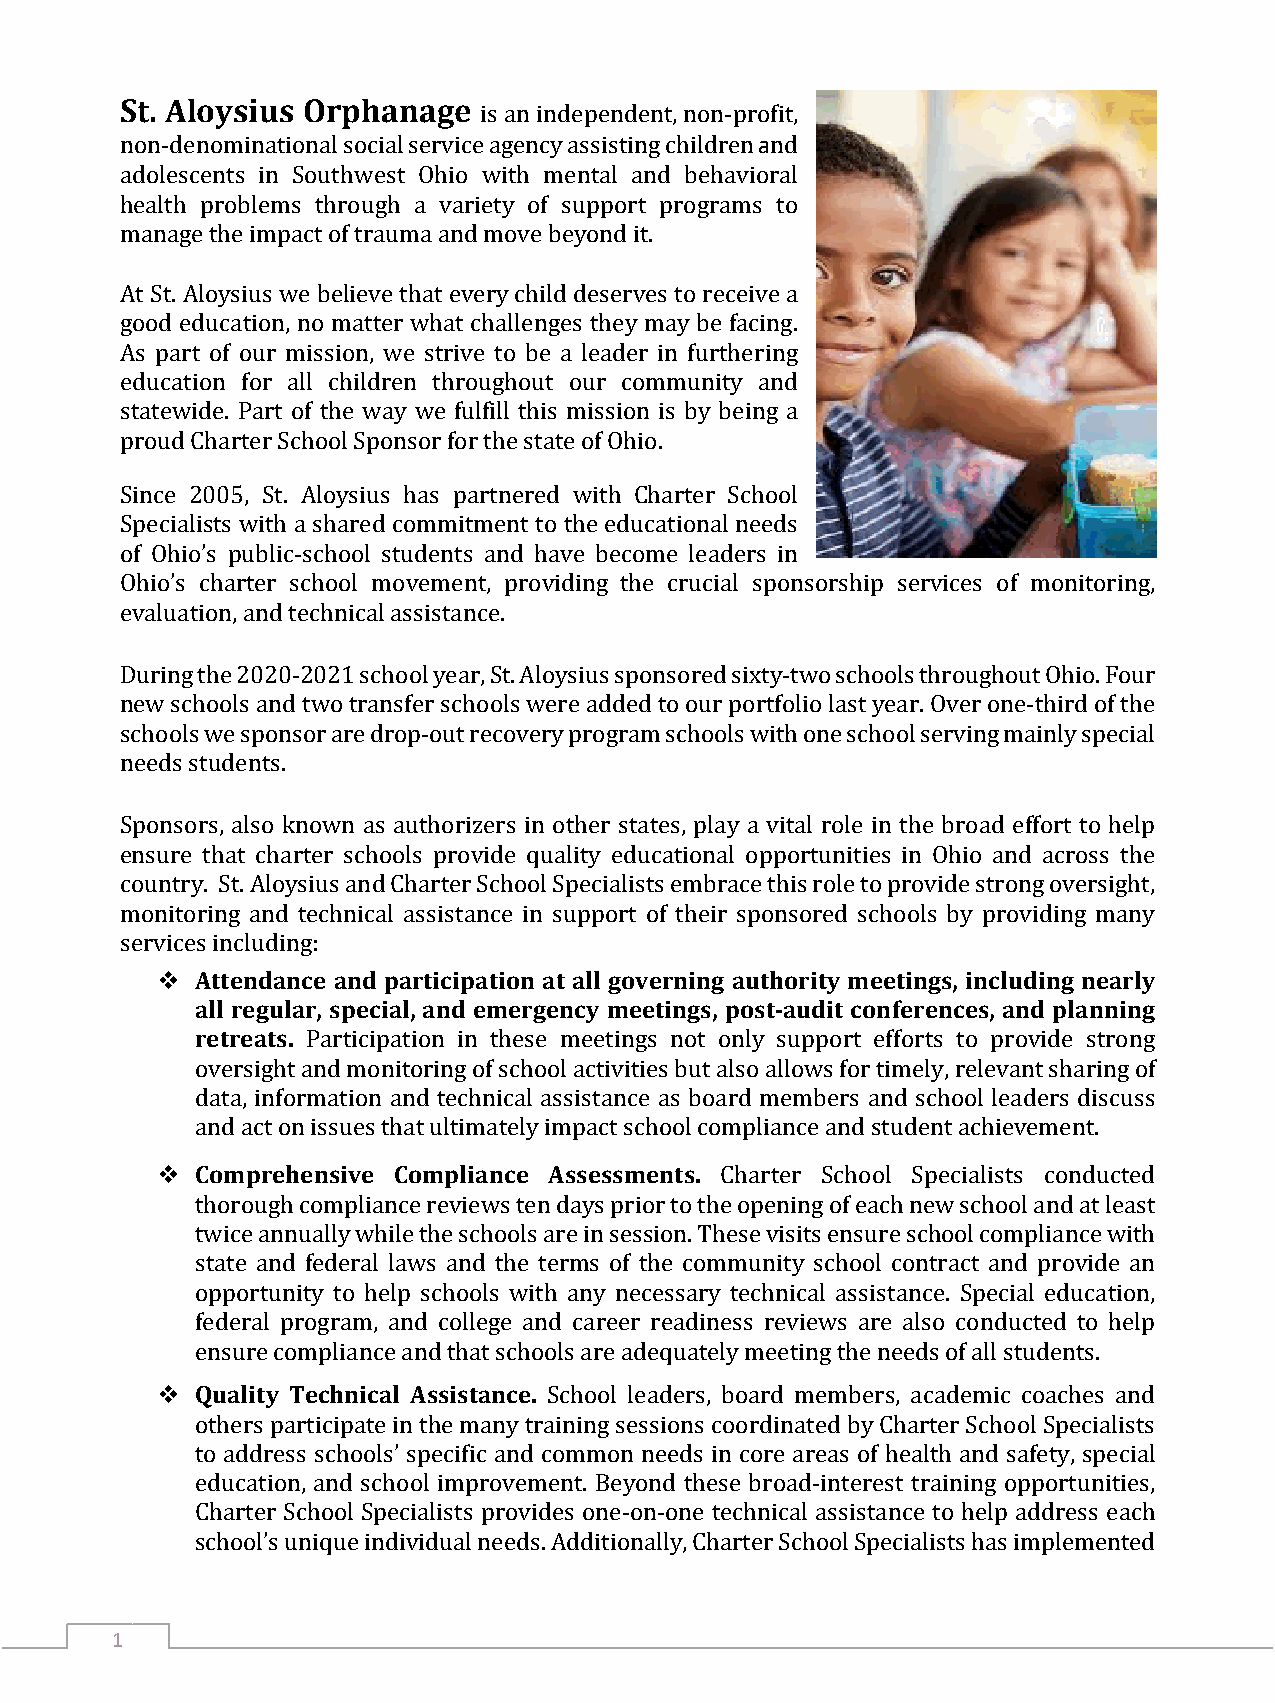
St. Aloysius Orphanage
 a
 is an independent, non-profit,
 non-denominational social service agency assisting children nd
 adolescents in Southwest Ohio with mental and behavioral
 h ealth problems through a variety of support programs to
 manage the impact of trauma and move beyond it.
 At St. Aloysius we believe that every child deserves to receive a
 good education, no matter what challenges they may be facing.
 As part of our mission, we strive to be a leader in furthering
 education for all children throughout our community and
 statewide. Part of the way we fulfill this mission is by being a
 proud Charter School Sponsor for the state of Ohio.
 Since 2005, St. Aloysius has partnered with Charter School
 Specialists with a shared commitment to the educational needs
 of Ohio’s public-school students and have become leaders in
 Ohio’s charter school movement, providing the crucial sponsorship services of monitoring,
 evaluation, and technical assistance.
 During the 2020-2021 school year, St. Aloysius sponsored sixty-two schools throughout Ohio. Four
 new schools and two transfer schools were added to our portfolio last year. Over one-third of the
 schools we sponsor are drop-out recovery program schools with one school serving mainly special
 needs students.
 Sponsors, also known as authorizers in other states, play a vital role in the broad effort to help
 ensure that charter schools provide quality educational opportunities in Ohio and across the
 country. St. Aloysius and Charter School Specialists embrace this role to provide strong oversight,
 monitoring and technical assistance in support of their sponsored schools by providing many
   Attendance and participation at all governing authority meetings, including nearly
 services including:
 all regular, special, and emergency meetings, post-audit conferences, and planning
 retreats.
 Participation in these meetings not only support efforts to provide strong
 oversight and monitoring of school activities but also allows for timely, relevant sharing of
 data, information and technical assistance as board members and school leaders discuss
   Canodm apcrte ohne insssuivees thCaotm ulptilmiaantceely iAmspsaecsts smcheonotsl .compliance and student achievement.
 Charter School Specialists conducted
 thorough compliance reviews ten days prior to the opening of each new school and at least
 twice annually while the schools are in session. These visits ensure school compliance with
 state and federal laws and the terms of the community school contract and provide an
 opportunity to help schools with any necessary technical assistance. Special education,
 federal program, and college and career readiness reviews are also conducted to help
   Quality Technical Assistance.
 ensure compliance and that schools are adequately meeting the needs of all students.
 School leaders, board members, academic coaches and
 others participate in the many training sessions coordinated by Charter School Specialists
 to address schools’ specific and common needs in core areas of health and safety, special
 education, and school improvement. Beyond these broad-interest training opportunities,
 Charter School Specialists provides one-on-one technical assistance to help address each
 school’s unique individual needs. Additionally, Charter School Specialists has implemented
 1